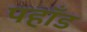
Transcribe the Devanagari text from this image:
पहाँड